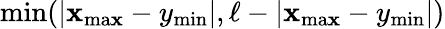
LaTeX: \operatorname*{min}(\vert\mathbf{x}_{\mathrm{{ma\mathbf{x}}}}-y_{\mathrm{{min}}}\vert,\ell-\vert\mathbf{x}_{\mathrm{{ma\mathbf{x}}}}-y_{\mathrm{{min}}}\vert)